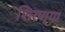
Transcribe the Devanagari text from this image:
शिरण्या